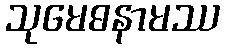
သုမေဓနာမဿ